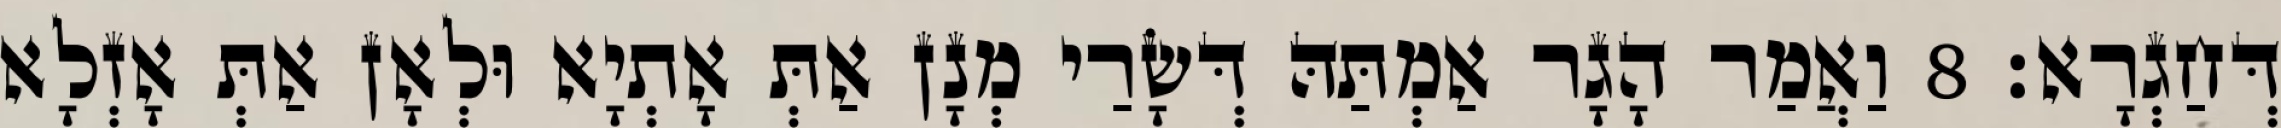
דְּחַגְרָא׃ 8 וַאֲמַר הָגָר אַמְתַּהּ דְּשָׂרַי מְנָן אַתְּ אָתְיָא וּלְאָן אַתְּ אָזְלָא